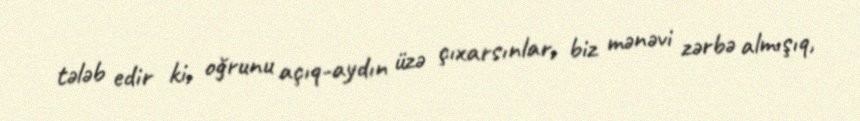
tələb edir ki, oğrunu açıq-aydın üzə çıxarsınlar, biz mənəvi zərbə almışıq,